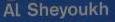
al